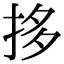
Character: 拸